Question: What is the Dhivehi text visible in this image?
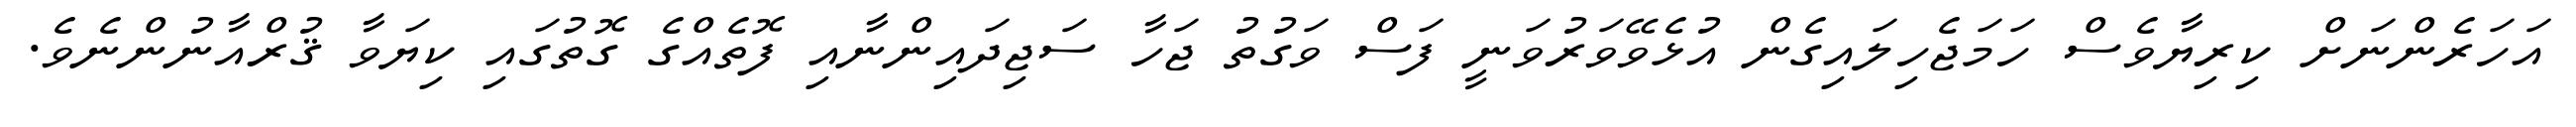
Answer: އަހަރެންނަށް ކިރިޔާވެސް ހަމަޖެހިލައިގެން އުޅެވޭވަރުވަނީ ފަސް ވަގުތު ޖަހާ ސަޖިދައިންނާއި ފޮތެއްގެ ގޮތުގައި ކިޔަވާ ޤުރްއާނުންނެވެ.